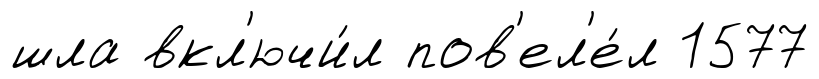
шла вкл'ючи́л пов'ел'е́л 1577